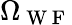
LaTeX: \Omega_{\mathrm{~W~F~}}